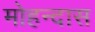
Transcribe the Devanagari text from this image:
मोहन्दास